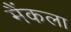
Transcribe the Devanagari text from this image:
मैंकला